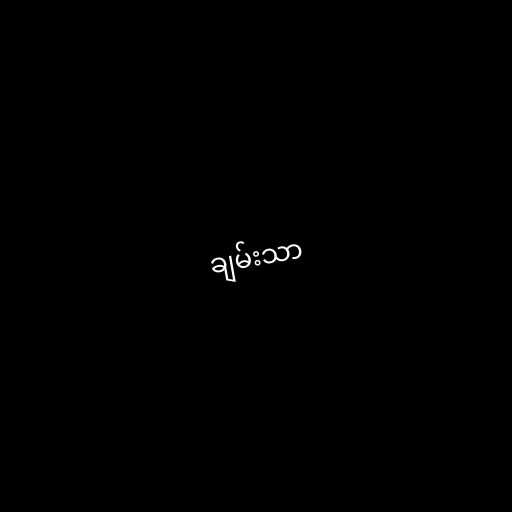
ချမ်းသာ